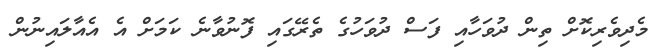
މެދިވެރިކޮށް ތިން ދުވަހާއި ފަސް ދުވަހުގެ ތެރޭގައި ފޮނުވާނެ ކަމަށް އެ އެއާލައިނުން